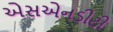
એસએનડીટી